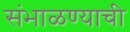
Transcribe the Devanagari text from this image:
संभाळण्याची